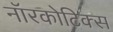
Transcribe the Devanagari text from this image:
नॉरकोटिक्स